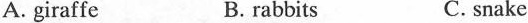
A. giraffe B. rabbits C. snake